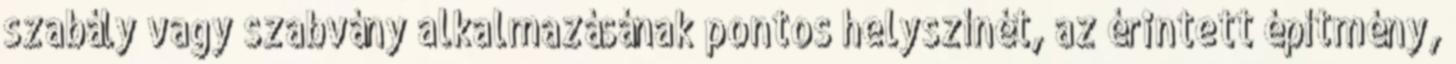
szabály vagy szabvány alkalmazásának pontos helyszínét, az érintett építmény,